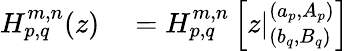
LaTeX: \begin{array}{rl}{H_{p,q}^{m,n}(z)}&{{}=H_{p,q}^{m,n}\left[z|_{(b_{q},B_{q})}^{(a_{p},A_{p})}\right]}\end{array}